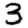
Digit: 3